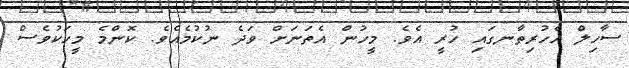
ސާހިލް އެހުރިތާނގައި ހުރީ އެވެ. މީހުން އެތަނަށް ވަދެ ނުކުމެއެވެ. ކޮންމެ މީހަކުވެސް